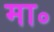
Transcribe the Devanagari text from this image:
मा॰